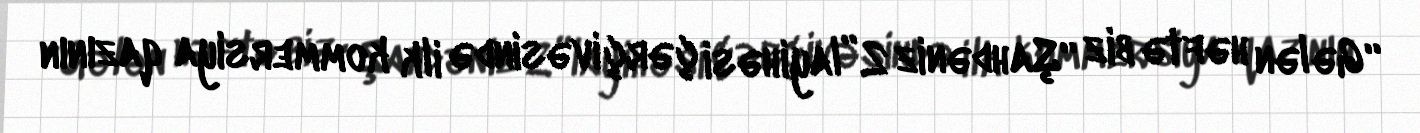
“Gələn həftə biz “Şahdəniz 2”layihəsi çərçivəsində ilk kommersiya qazının